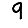
Digit: 9